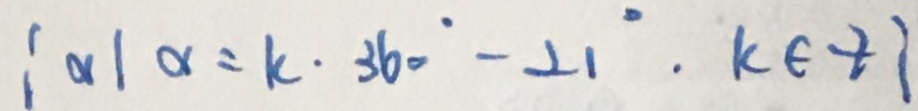
: \alpha \vert \alpha = k \cdot 3 6 0 ^ { \circ } - 2 1 ^ { \circ } \cdot k \in z